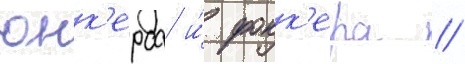
юнк'ерса и́ фокк'ера //